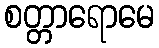
စတ္တာရောမေ